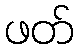
ဖတ်